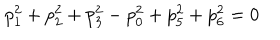
LaTeX: p _ { 1 } ^ { 2 } + p _ { 2 } ^ { 2 } + p _ { 3 } ^ { 2 } - p _ { 0 } ^ { 2 } + p _ { 5 } ^ { 2 } + p _ { 6 } ^ { 2 } = 0